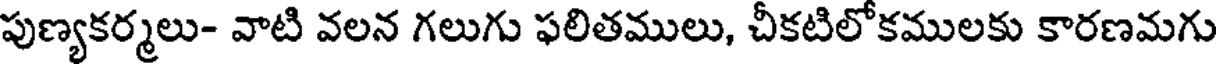
పుణ్యకర్మలు- వాటి వలన గలుగు ఫలితములు, చీకటిలోకములకు కారణమగు